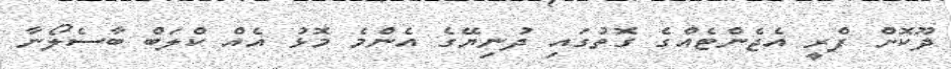
ދޫކޮށް ފްރީ އެޖެންޓެއްގެ ގޮތުގައި ދުނިޔޭގެ އެންމެ މޮޅު އެއް ކްލަބް ބާސެލޯނާ